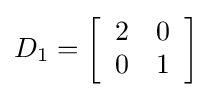
D_{1}=\left[{\begin{array}{cc}2&0\\0&1\end{array}}\right]